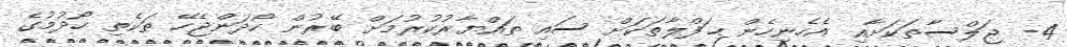
4- ޖަލްސާތަކަށާއި އެހެނިހެން ޙަފްލާތަކަށް ސައި ތައްޔާރުކުރުމަށް ބޭރުން ހޯދަންޖެހޭ ތަކެތި ހޯދުމުގެ